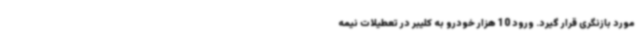
مورد بازنگری قرار گیرد. ورود 10 هزار خودرو به کلیبر در تعطیلات نیمه